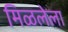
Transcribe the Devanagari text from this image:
मिळलेला